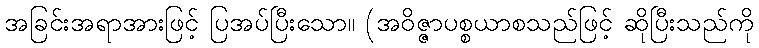
အခြင်းအရာအားဖြင့် ပြအပ်ပြီးသော။ (အဝိဇ္ဇာပစ္စယာစသည်ဖြင့် ဆိုပြီးသည်ကို